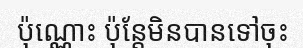
ប៉ុណ្ណោះ ប៉ុន្តែមិនបានទៅចុះ